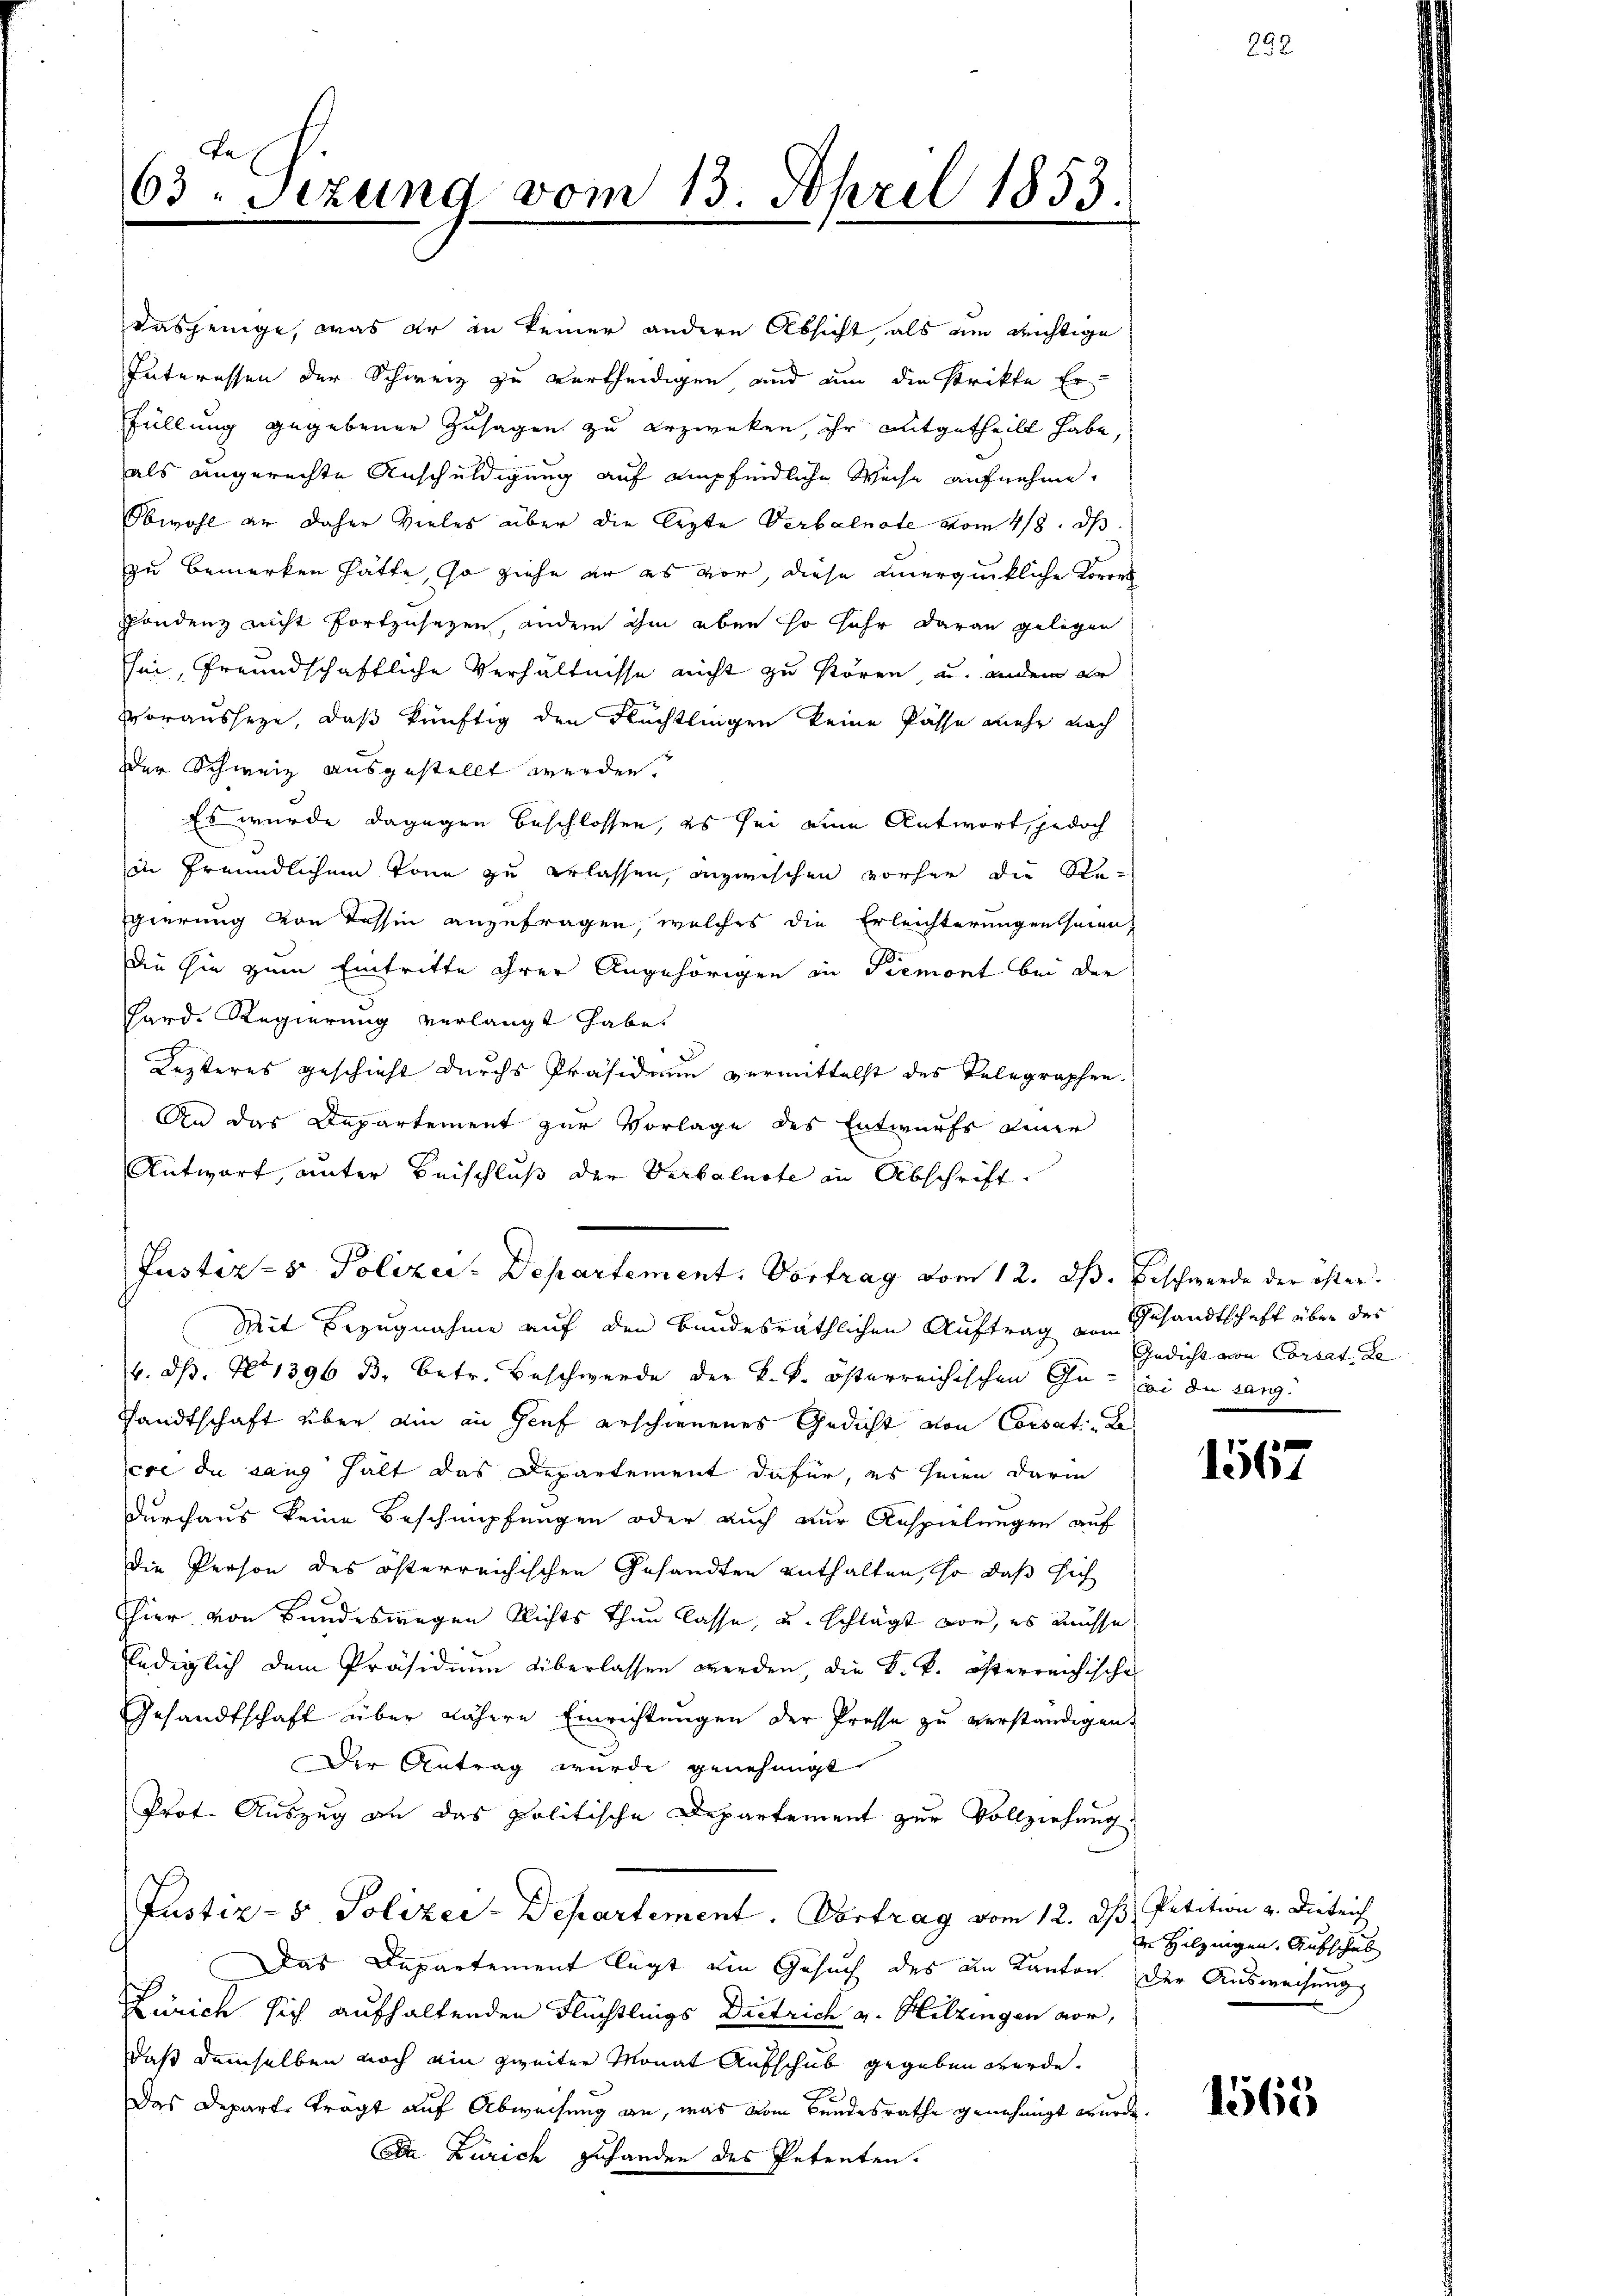
63. Sizung vom 13. April 1853

dasjenige, was er in keiner andere Absicht, als um Richtige
Interessen der Schweiz zu vertheidigen und um die strikte Er
Füllung gegebener Zusagen zu erzweken, ihr mitgetheilt habe,
als angerechte Anschuldigung auf empfindliche Weise aufnehme.
Obwohl er daher vieles über die lezte Verbalnote vom 4/8. ds.
zu bemerken hätte, so ziehe er es vor diese unergückliche Korres
pondenz nicht fortzusetzen, andern ihm eben so sehr daran gelegen
sei, freundschaftliche Verhältnisse nicht zu stören, u. andern er
vorausseze, daß künftig den Flüchtlingen keine Pässe mehr nach
der Schweiz ausgestellt werden.
Es wurde dagegen beschlossen, es sei eine Antwort, jedoch
in freundlichem Tone zu erlassen, anzwischen vorher die Regierung von Tessin anzufragen, welches die Erleichterungen seien,
Die hin zum Eintritte ihrer Angehörigen in Piemont bei der
Sard. Regierung verlangt habe.
Lezteres geschieht durchs Präsidium vermittelst des Telegraphen-
An das Departement zur Vorlage des Entwurfs einer
Antwort, unter Beischluß der Verbalnote in Abschrift
Justiz- & Polizei-Departement. Vortrag vom 12. d. Beschwerde der öster¬
Mit Bezugnahme auf den bundesräthlichen Auftrag von Gesandtschaft über des
6. ds. No 1396 B. betr. Beschwerde der k. k. österreichischen Ge- ei die sangsandtschaft über ain an Genf erschienenes Gedicht von Corsati - Be
cre die sang halt das Departement dafür, es seien darin
durchaus keine Beschnüpfungen oder auch zur Anspielungen auf
die Person des österreichischen Gesandten enthalten, so daß sich
Thier von Bundeswegen Richts thun lasse, u. schlägt vor, es müsse,
lediglich dem Präsidium überlassen werden, die k. k. österreichische
Gesandtschaft über nähere Einrichtungen der Presse zu verständigen.
Der Antrag wurde genehmigt
Prot. Auszug an das politische Departement zur Vollziehung
Justiz- & Polizei-Departement. Vortrag vom 12. ds. Petition v. Dietrich
Das Departement legt ein Gesuch des im Kanton der Ausweisungs
Zürich sich aufhaltenden Flüchtlings Dietrich v. Hitzingen vor,
daß demselben noch ain zweiter Monat Aufschub gegeben werde.
Das Departe tragt auf Abweisung an, was vom Bundesrathe genehmigt wurde.
Da Zürich zuhanden des Petenten.

Gedicht von Corsat. Le

1567

in Hilznigen. Aufschub

1565